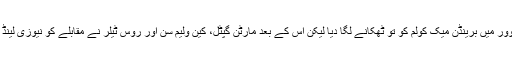
شاہد آفریدی نے آٹھویں اوور میں برینڈن میک کولم کو تو ٹھکانے لگا دیا لیکن اس کے بعد مارٹن گپٹل، کین ولیم سن اور روس ٹیلر نے مقابلے کو نیوزی لینڈ کے پلڑے میں جھکا دیا۔